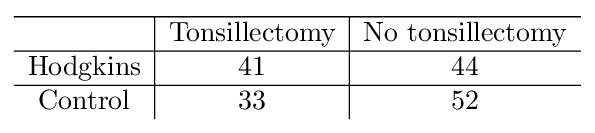
{\begin{array}{c|c|c}\hline &{\text{Tonsillectomy}}&{\text{No tonsillectomy}}\\\hline {\text{Hodgkins}}&41&44\\\hline {\text{Control}}&33&52\end{array}}